Heimtali_vallavalitsus, lk 65
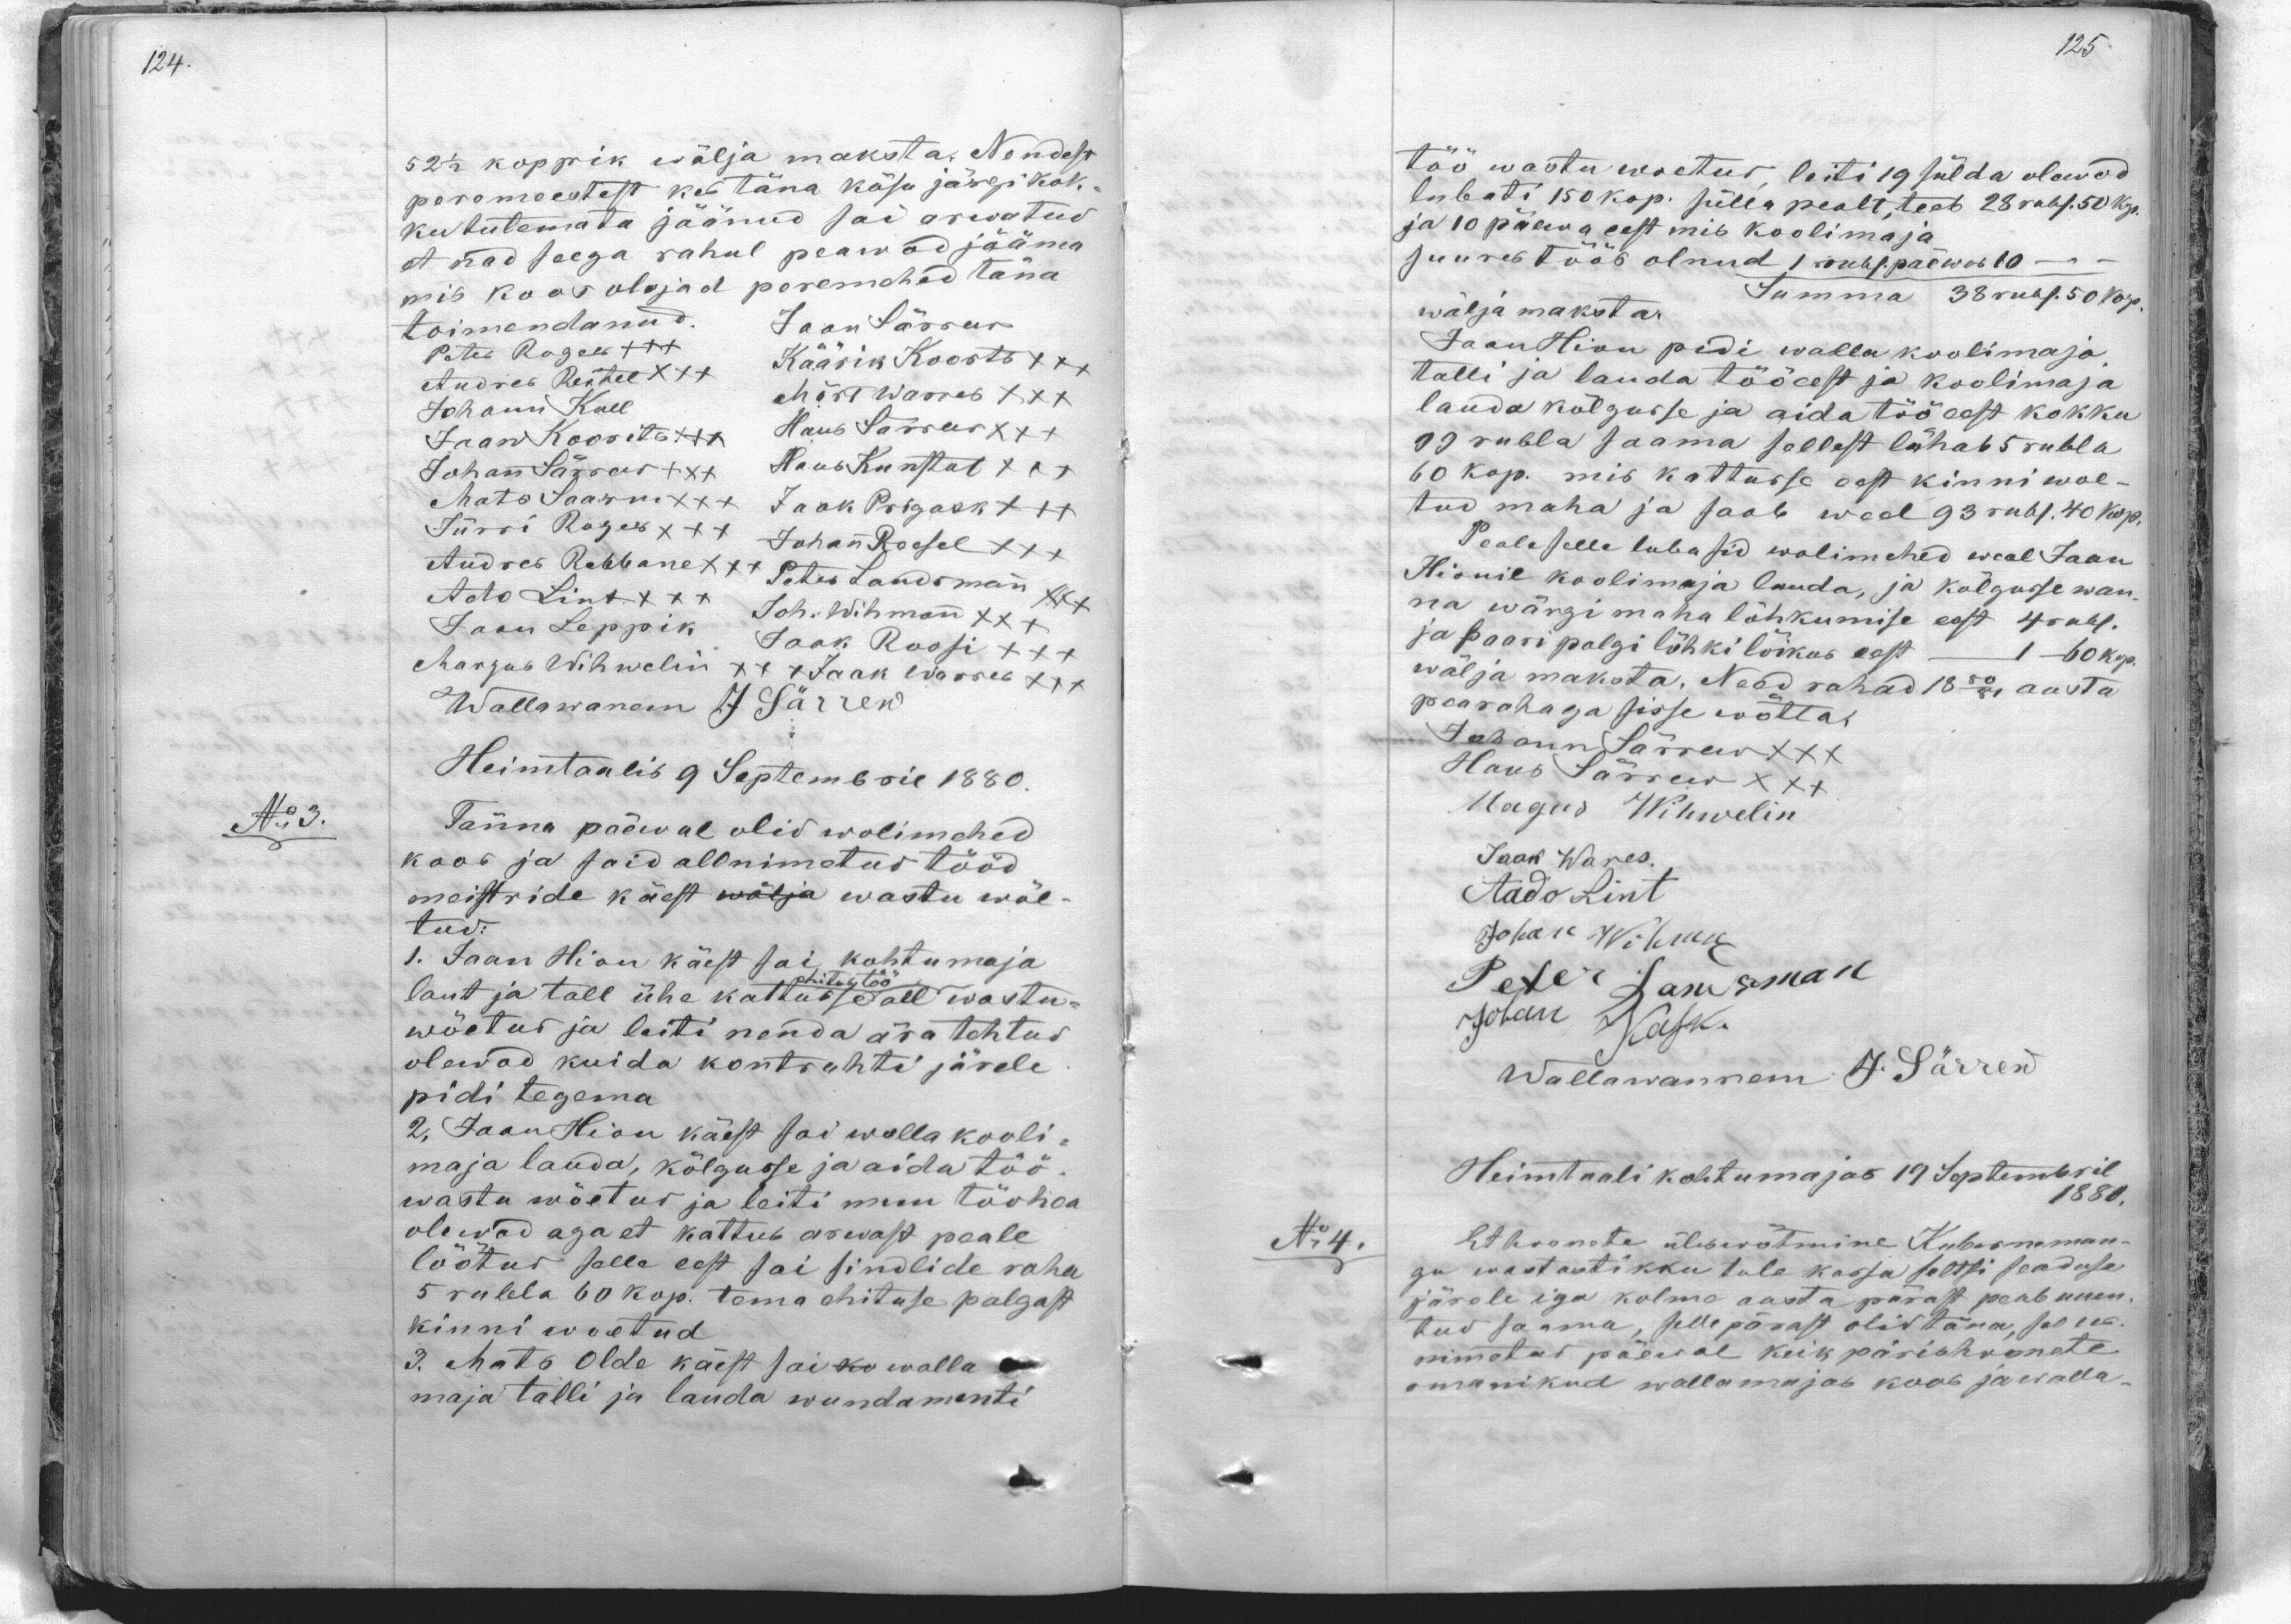
52 1/2 koppik wälja maksta. Nendest
peremeestest kes täna käsu järgi kok-
kutulemata jäänud sai arwatud
et nad seega rahul peawad jääma
mis koos oljad peremehed täna.
toimendanud.
Jaan Särrew
Peter Roger XXX
Andres Reitel XXX
Käärik Koosts XXX
Johann Kull
Märt Warres XXX
Jaan Koorits +++
Hans Särrew XXX
Johan Särras XXX
Hans Kunstut XXX
Mats Saarm XXX
Jaak Prigask XXX
Jürri Roger XXX Johan Roosel XXX
Andres Rebanne +++ Peter Landmann xxx
Ado Lint XXX
Jaan Leppik Joh. Wihman XXX
Jaak Roosi XXX
Margus Wihwelin XXX Jakak Warres XXX
Wallawanem J Särrew
Heimtaalis 9 Septembril 1880.
No 3.
Tänna päewal olid wolimehed
koos ja said allnimetud tööd.
meistride käest wälja wastu wõe-
tud:
1. Jaan Hion käest sai, kohtumaja
laut ja tall ühe kattusse all wastu-
wõetud ja leiti nenda ära tehtud
olewad kuida kontrahti järele
pidi tegema.
2. Jaan Hion käest sai walla kooli-
maja lauda, kõlgusse ja aida töö.
wastu wõetus ja leiti muu töö hea
olewad aga et kattub arwast peale,
lõõtus selle eest sai sindlide raha
5 rubla 60 kop. tema ehituse palgast
kinni woetud.
3. Mats Olde käest sai ko walla
maja talli ja lauda wundamenti

töö wastu woetud, leiti 19 sülda olewad
lubati 150 kop. sülla pealt, teeb 28 rubl. 50 kp.
ja 10 päewa eest mis koolimaja-
juureb töös olnud 1 rub. päewas 10 -
Summa 38 rubl 50 kop
wälja maksta.
Jaan Hion pidi walla koolimaja,
talli ja lauda töö eest ja koolimaja
lauda kõlgusse ja aida töö eest kokku
99 rubla saama sellest lähab 5 rubla
60 kop. mis kattusse ost kinni wae-
tud maha ja saab weel 93 rubl. 40 kop.
Peale selle lubasid wolimehed weel Jaan
Hionil koolimaja lauda, ja kõlgusse wan-
na wärgi maha lõhkumise eest 4 rubl.
ja paari palgi lõhki loikus eest 1-60 kop.
wälja maksta. Need rahad 1880/81 aasta
pearahaga sisse wõtta.
Johann Särrew XXX
Hans Särrew XXX
Magus Wihwelin
Jaak Wares.
Aado Lint
Johan Wihmann
Peter Landsman
Johan Kssk
Wallawannem J. Särrew
Heimtaali kohtumajas 19 Septembril
1880.
No:4.
Et hoonet üleswõtmine Kuberman-
gu wastantikku tule kassa seltsi seaduse
järele iga kolme aasta pärast peab uuen-
tud saama, sellepärast olid täna, see ees
nimetud päewal keik pärishoonete
omanikud wallamajas koos ja walla